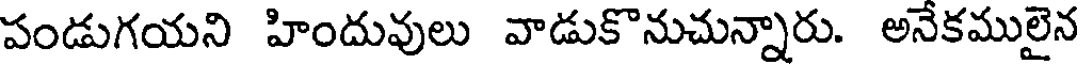
పండుగయని హిందువులు వాడుకొనుచున్నారు. అనేకములైన